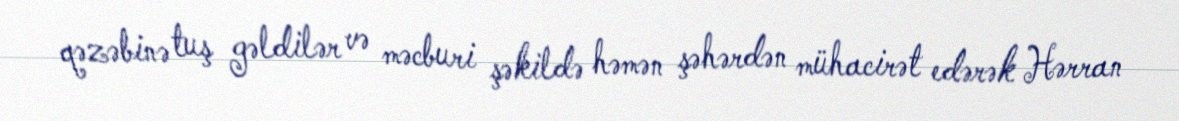
qəzəbinə tuş gəldilər və məcburi şəkildə həmən şəhərdən mühacirət edərək Hərran